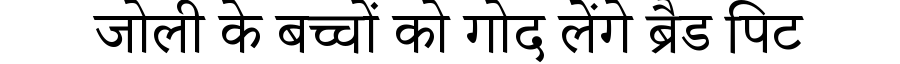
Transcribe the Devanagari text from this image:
जोली के बच्चों को गोद लेंगे ब्रैड पिट